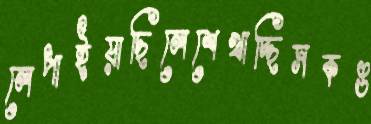
লেপাইয়াছিলেশেখাচ্ছিসকঙ